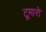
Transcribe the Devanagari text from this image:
टूमारो